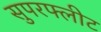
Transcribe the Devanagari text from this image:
सुपरफ्लीट